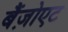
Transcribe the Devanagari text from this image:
बैंज़ोएट